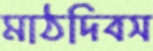
মাঠদিবস